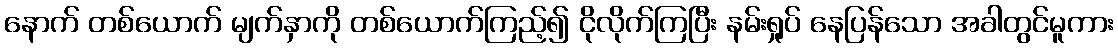
နောက် တစ်ယောက် မျက်နှာကို တစ်ယောက်ကြည့်၍ ငိုလိုက်ကြပြီး နမ်းရှုပ် နေပြန်သော အခါတွင်မူကား